Annual statistical returns and brief notes on vaccination in Bengal - 1887-1898
Year: 1887
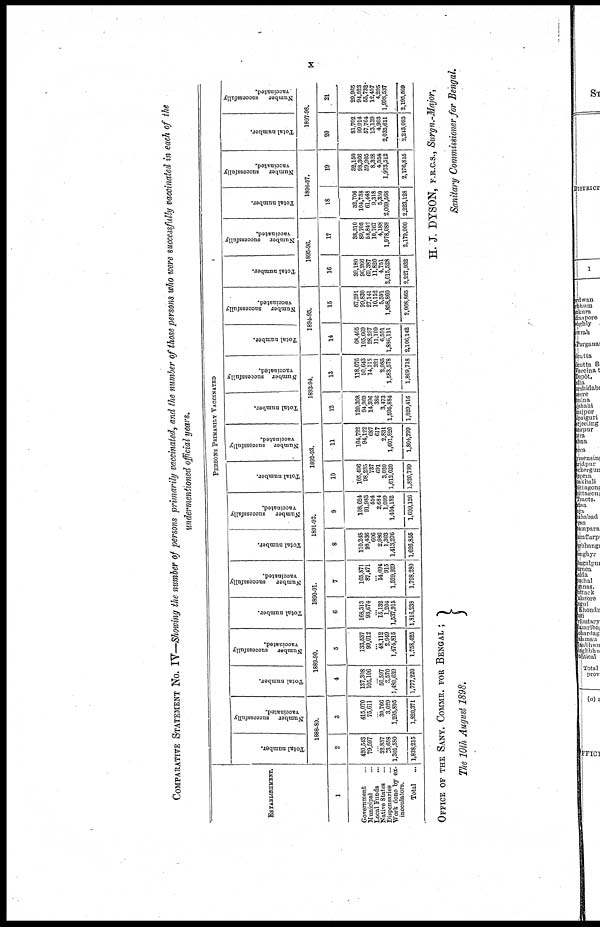
x
COMPARATIVE STATEMENT No. IV—Showing the number of persons primarily vaccinated, and the number of those persons who were successfully vaccinated in each of the
undermentioned official years.
ESTABLISHMENT.
1
Government ...
Municipal ...
Local Funds ...
Native States ...
Dispensaries ...
Work done by ex¬
inoculators.
Total
...
PERSONS PRIMARILY VACCINATED
Total number.
Number
successfully
vaccinated.
1888-89.
2
420,543
79,597
... 32,837
3,658
1,301,580
1,838,215
3
415,070
75,611
... 30,766
3,029
1,295,895
1,820,371
Total number.
Number
successfully
vaccinated.
1889-90.
4
137,308
105,106
... 50,597
3,570
1,480,639
1,777,220
5
133,537
99,012
... 48,112
2,949
1,474,815
1,758,425
Total number.
Number
successfully
vaccinated.
1890-91.
6
168,313
93,674
... 15,132
1,204
1,537,915
1,816,238
7
165,871
87,471
... 14,094
915
1,529,929
1,798,280
Total number.
Number
successfully
vaccinated.
1891-92.
8
110,248
98,436
606
2,986
1,303
1,413,276
1,626,855
9
108,624
91,983
554
2,684
1,099
1,404,182
1,609,126
Total number.
Number
successfully
vaccinated.
1892-93.
10
105,496
98,235
737
691
3,020
1,612,620
1,820,799
11
104,722
94,122
687
617
2,831
1,601,820
1,804,799
Total number.
Number
successfully
vaccinated.
1893-94.
12
120,308
94,969
14,396
386
3,473
1,595,884
1,829,416
13
118,076
90,643
14,115
321
2,985
1,583,578
1,809,718
Total number.
Number
successfully
vaccinated.
1894-95.
14
68,405
105,669
28,257
11,109
6,591
1,886,111
2,106,142
15
67,291
99,830
27,141
10,152
5,591
1,858,860
2,068,865
Total number.
Number
successfully
vaccinated.
1895-96.
16
39,180
96,266
69,387
11,820
4,751
2,015,528
2,227,932
17
38,310
89,705
58,842
10,767
4,188
1,978,088
2,179,900
Total number.
Number
successfully
vaccinated.
1896-97.
18
32,706
104,738
61,448
9,318
5,350
2,009,568
2,223,128
19
32,150
98,366
59,905
8,328
4,554
1,973,512
2,176,815
Total number.
Number
successfully
vaccinated.
1897-98.
20
31,702
99,914
57,764
13,139
4,963
2,035,611
2,243,093
21
29,965
94,523
55,732
12,457
4,295
1,998,537
2,195,509
OFFICE OF THE SANY. COMMR. FOR BENGAL ;
The 10th August 1898.
H. J. DYSON, F.R.C.S., Surgn.-Major,
Sanitary Commissioner for Bengal.